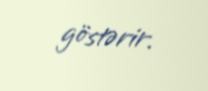
göstərir.